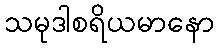
သမုဒါစရိယမာနော